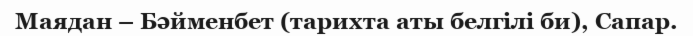
Маядан – Бәйменбет (тарихта аты белгілі би), Сапар.